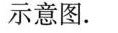
示意图.